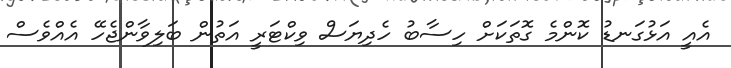
އެއީ އަޅުގަނޑު ކޮންމެ ގޮތަކަށް ހިސާބު ހެދިޔަސް ވިކްޓަރީ އަތުން ބަލިވާންޖެހޭ އެއްވެސް